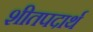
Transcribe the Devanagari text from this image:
शीतपदार्थ